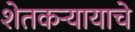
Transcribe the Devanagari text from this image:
शेतकऱ्यायाचे